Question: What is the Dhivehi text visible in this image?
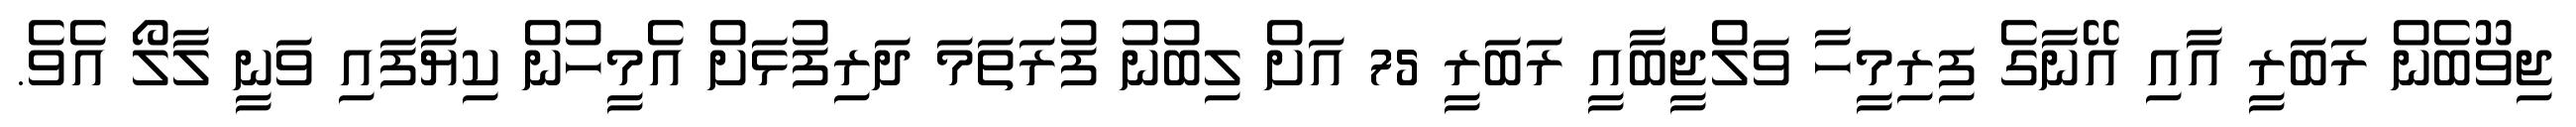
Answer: ޖިވޫބެން ރަބަރީ އާއި އޭނާގެ ފިރިމީހާ ވަލްޖީބާއީ ރަބަރީ 75 އަށް ލިބުނު ފުރަތަމަ ދަރިފުޅަށް އެމީހުން ކިޔާފައި ވަނީ ލާލޯ އެވެ.